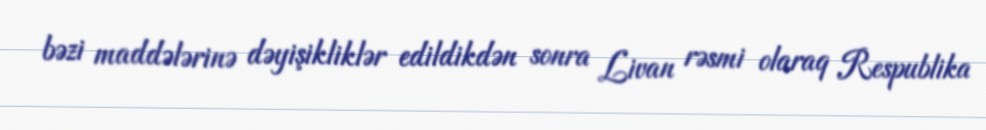
bəzi maddələrinə dəyişikliklər edildikdən sonra Livan rəsmi olaraq Respublika